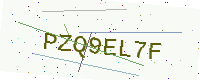
Text: PZQ9EL7F